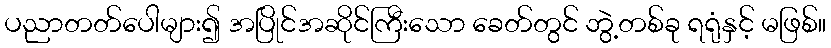
ပညာတတ်ပေါများ၍ အပြိုင်အဆိုင်ကြီးသော ခေတ်တွင် ဘွဲ့တစ်ခု ရရုံနှင့် မဖြစ်။